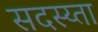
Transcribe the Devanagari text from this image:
सदस्य्ता